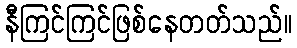
နီကြင်ကြင်ဖြစ်နေတတ်သည်။